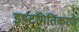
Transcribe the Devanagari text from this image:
इष्‍टमितिकरण